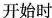
开始时